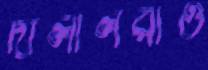
দালালরাও